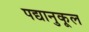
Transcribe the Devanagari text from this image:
पद्यानुकूल